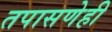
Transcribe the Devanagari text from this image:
तपासणेही